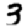
Digit: 3